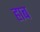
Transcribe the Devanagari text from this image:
हाब